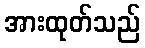
အားထုတ်သည်